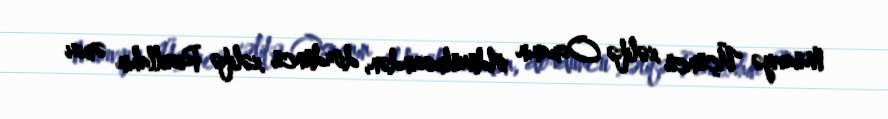
Müaviyə Üçüncü xəlifə Osmanın öldürülməsindən, dördüncü xəlifə Resullahın əmisi